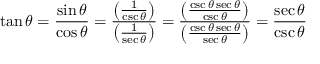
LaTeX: \tan \theta = { \frac { \sin \theta } { \cos \theta } } = { \frac { \left( { \frac { 1 } { \csc \theta } } \right) } { \left( { \frac { 1 } { \sec \theta } } \right) } } = { \frac { \left( { \frac { \csc \theta \sec \theta } { \csc \theta } } \right) } { \left( { \frac { \csc \theta \sec \theta } { \sec \theta } } \right) } } = { \frac { \sec \theta } { \csc \theta } }